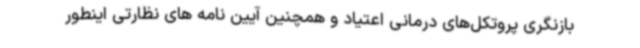
بازنگری پروتکل‌های درمانی اعتیاد و همچنین آیین نامه های نظارتی اینطور